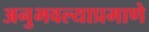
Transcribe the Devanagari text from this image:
अनुभवल्याप्रमाणे